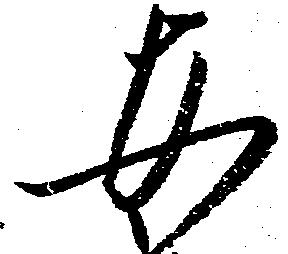
安